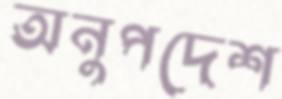
অনুপদেশ